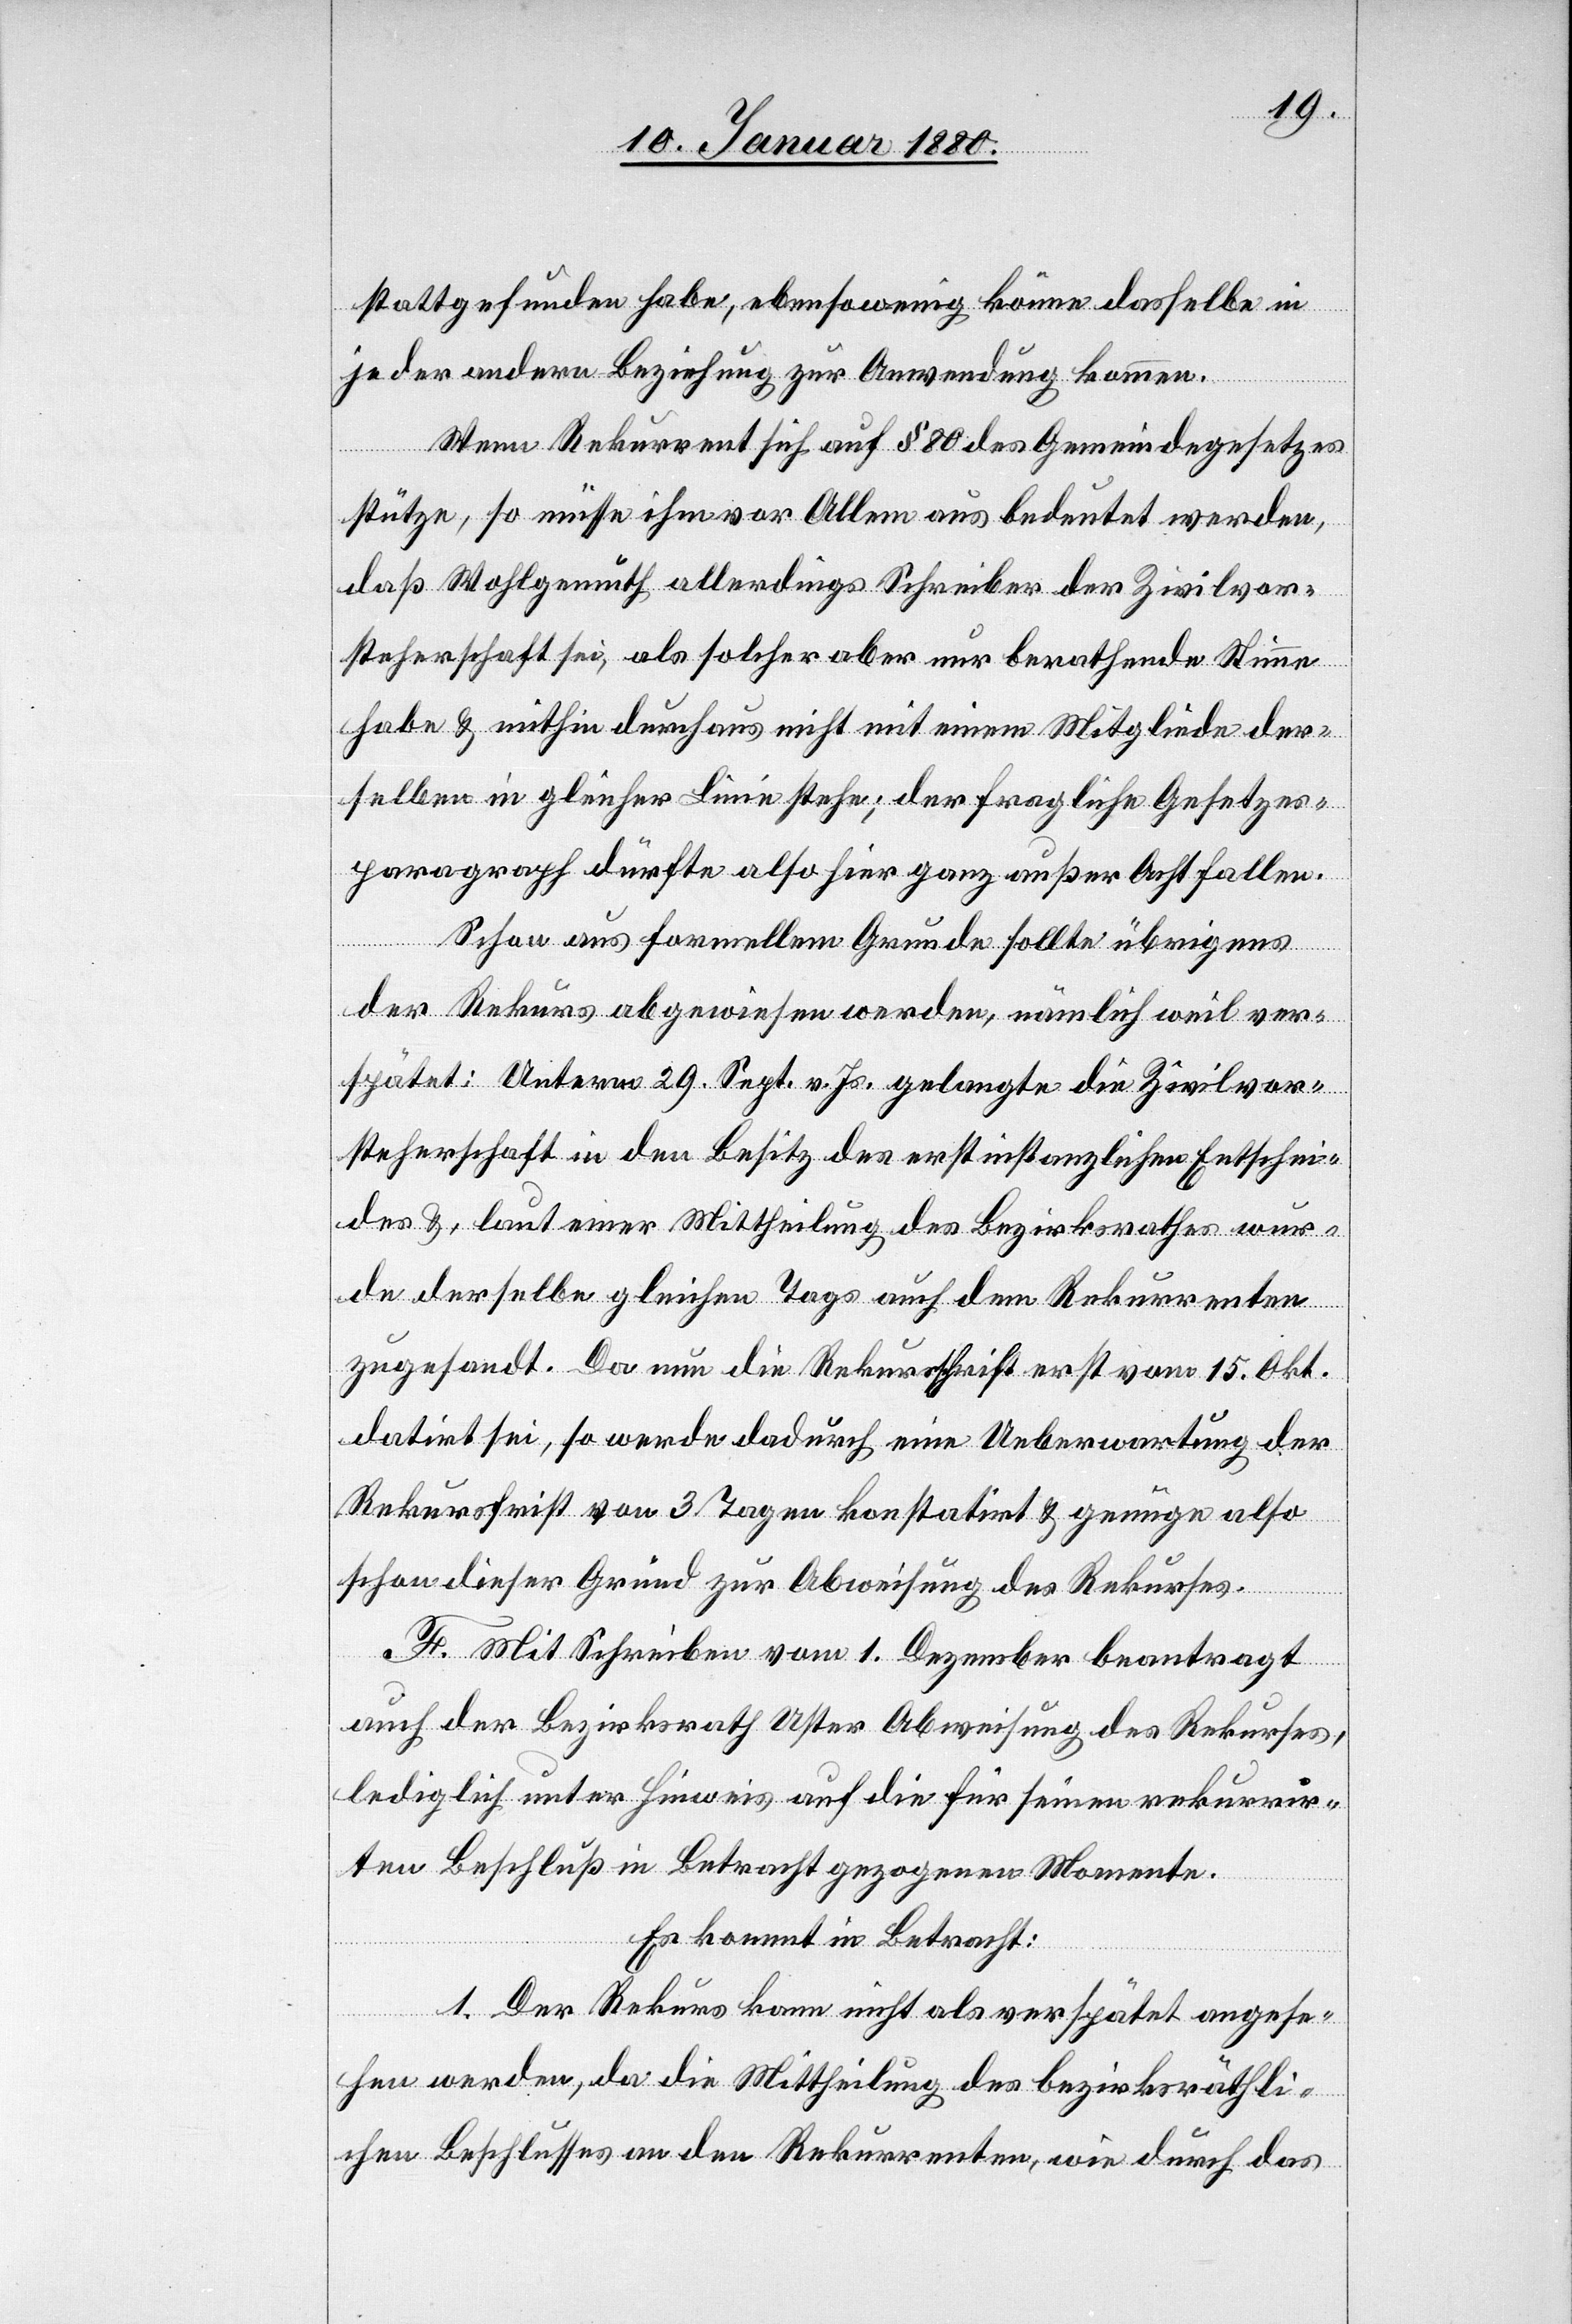
stattgefunden habe, ebensowenig könne dasselbe in
jeder andern Beziehung zur Anwendung kommen.
Wenn Rekurrent sich auf § 80 des Gemeindegesetzes
stütze, so müsse ihm vor Allem aus bedeutet werden,
daß Wohlgemuth allerdings Schreiber der Zivilvor¬
steherschaft sei, als solcher aber nur berathende Stimme
habe & mithin durchaus nicht mit einem Mitgliede der¬
selben in gleicher Linie stehe; der fragliche Gesetzes¬
paragraph dürfte also hier außer Acht fallen.
Schon aus formellem Grunde sollte übrigens
der Rekurs abgewiesen werden, nämlich weil ver¬
spätet; Unterm 29. Sept. v. Js. gelangte die Zivilvor¬
steherschaft in den Besitz des erstinstanzlichen Entschei¬
des &, laut einer Mittheilung des Bezirksrathes wur¬
de derselbe gleichen Tags auch dem Rekurrenten
zugesandt. Da nun die Rekursschrift erst vom 15. Okt.
datirt sei, so werde dadurch eine Ueberwartung der
Rekursfrist von 3 Tagen konstatirt & genüge also
schon dieser Grund zur Abweisung des Rekurses.
F. Mit Schreiben vom 1. Dezember beantragt
auch der Bezirksrath Uster Abweisung des Rekurses,
lediglich unter Hinweis auf die für seinen rekurrir¬
ten Beschluß in Betracht gezogenen Momente.
Es kommt in Betracht:
1. Der Rekurs kann nicht als verspätet angese¬
hen werden, da die Mittheilung des bezirksräthli¬
chen Beschlusses an den Rekurrenten, wie durch das